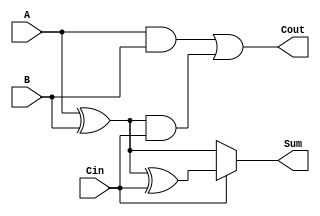
module ConditionalSumFullAdder (
    input wire A,      // First input bit
    input wire B,      // Second input bit
    input wire Cin,    // Carry-in bit
    output wire Sum,   // Resulting sum bit
    output wire Cout   // Carry-out bit
);

    wire S0;          // Sum when Cin = 0
    wire S1;          // Sum when Cin = 1
    wire C0;          // Carry from A and B
    wire C1;          // Carry from S0 and Cin

    // Compute S0 and S1
    assign S0 = A ^ B;           // S0 = A XOR B
    assign S1 = S0 ^ Cin;        // S1 = S0 XOR Cin

    // Compute carry-out conditions
    assign C0 = A & B;           // C0 = A AND B
    assign C1 = S0 & Cin;        // C1 = S0 AND Cin

    // Compute final sum and carry-out
    assign Cout = C0 | C1;       // Cout = C0 OR C1
    assign Sum = Cin ? S1 : S0;  // Sum = S1 if Cin=1, else S0

endmodule